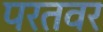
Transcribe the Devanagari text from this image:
परतवर